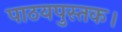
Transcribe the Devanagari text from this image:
पाठयपुस्तक।